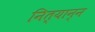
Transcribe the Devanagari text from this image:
नित्यान्न